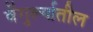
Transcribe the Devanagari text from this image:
वेंगुर्ल्यातील